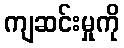
ကျဆင်းမှုကို